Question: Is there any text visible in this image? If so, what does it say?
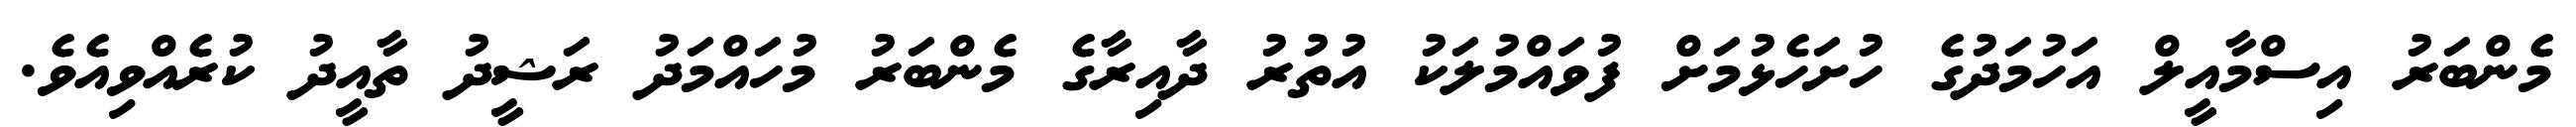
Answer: މެންބަރު އިސްމާއީލް އަހުމަދުގެ ހުށަހެޅުމަށް ފުވައްމުލަކު އުތުރު ދާއިރާގެ މެންބަރު މުހައްމަދު ރަޝީދު ތާއީދު ކުރެއްވިއެވެ.